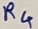
Text: R4